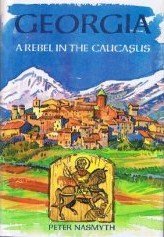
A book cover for Georgia: A Rebel in the Caucasus; Peter Nasmyth; Travel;